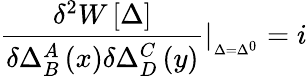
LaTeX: \frac{\delta^{2}W\left[\Delta\right]}{\delta\Delta_{B}^{A}\left(x\right)\delta\Delta_{D}^{C}\left(y\right)}|_{_{\Delta=\Delta^{0}}}=i